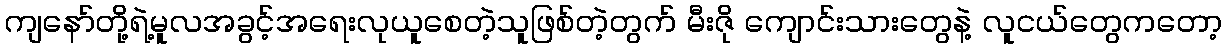
ကျနော်တို့ရဲ့မူလအခွင့်အရေးလုယူစေတဲ့သူဖြစ်တဲ့တွက် မီးဇို ကျောင်းသားတွေနဲ့ လူငယ်တွေကတော့